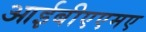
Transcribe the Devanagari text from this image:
आईबीएएमए